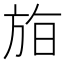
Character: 𣃧